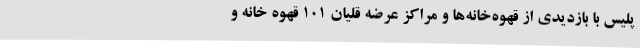
پلیس با بازدیدی از قهوه‌خانه‌ها و مراکز عرضه قلیان 101 قهوه خانه و